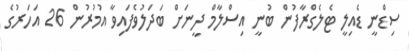
ސިޑްނީ ޑެއިލީ ޓެލެގްރާފުން ބުނީ އިސްލާމް ދީނަށް ބަދަލުވެފައިވާ އުމުރުން 26 އަހަރުގެ